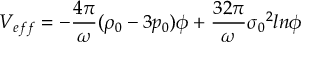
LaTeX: V _ { e f f } = - \frac { 4 { \pi } } { \omega } ( { \rho } _ { 0 } - 3 p _ { 0 } ) { \phi } + \frac { 3 2 { \pi } } { \omega } { { \sigma } _ { 0 } } ^ { 2 } l n { \phi }